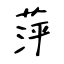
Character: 萍